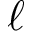
\ell